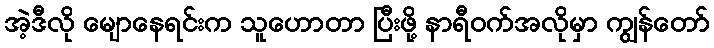
အဲ့ဒီလို မျောနေရင်းက သူဟောတာ ပြီးဖို့ နာရီဝက်အလိုမှာ ကျွန်တော်